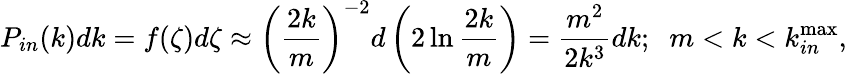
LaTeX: P_{in}(k)dk=f(\zeta)d\zeta\approx\left(\frac{2k}{m}\right)^{-2}d\left(2\ln\frac{2k}{m}\right)=\frac{m^{2}}{2k^{3}}dk;\; \; m<k<k_{in}^{\operatorname*{max}},